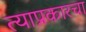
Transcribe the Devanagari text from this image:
त्याप्रकारचा